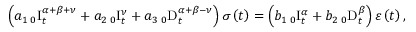
\left( a _ { 1 } \, _ { 0 } \mathrm { I } _ { t } ^ { \alpha + \beta + \nu } + a _ { 2 } \, _ { 0 } \mathrm { I } _ { t } ^ { \nu } + a _ { 3 } \, _ { 0 } \mathrm { D } _ { t } ^ { \alpha + \beta - \nu } \right) \sigma \left( t \right) = \left( b _ { 1 } \, _ { 0 } \mathrm { I } _ { t } ^ { \alpha } + b _ { 2 } \, _ { 0 } \mathrm { D } _ { t } ^ { \beta } \right) \varepsilon \left( t \right) ,